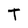
Character: T